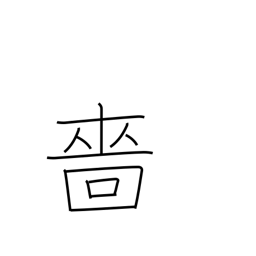
Meaning: miserly